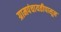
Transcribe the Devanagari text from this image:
ग्रामपंचायतीपासून